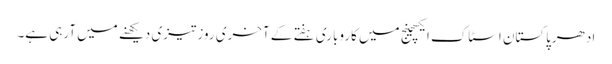
ادھرپاکستان اسٹاک ایکسچینج میں کاروباری ہفتے کے آخری روز تیزی دیکھنے میں آرہی ہے۔